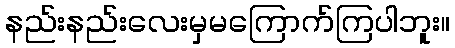
နည်းနည်းလေးမှမကြောက်ကြပါဘူး။